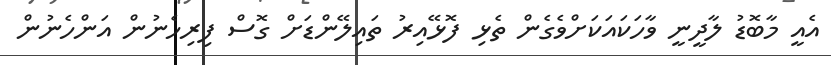
އެއީ މާބޮޑު ލާދީނީ ވާހަކައަކަށްވެގެން ތެޅި ފޮޅޭއިރު ތައިލޭންޑަށް ގޮސް ފިރިހެނުން އަންހެނުން